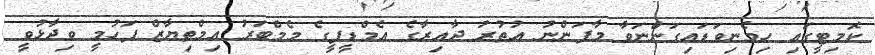
ކޮމިޓީގައި ހިމެނިވަޑައިގަންނަވާ މާފަންނު އުތުރު ދާއިރާގެ އެމްޑީޕީގެ މެމްބަރު އިމްތިޔާޒް ފަހުމީ ވިދާޅުވީ